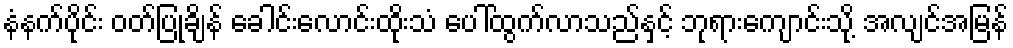
နံနက်ပိုင်း ဝတ်ပြုချိန် ခေါင်းလောင်းထိုးသံ ပေါ်ထွက်လာသည်နှင့် ဘုရားကျောင်းသို့ အလျင်အမြန်